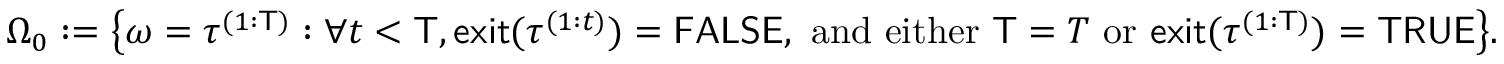
\begin{array} { r } { \Omega _ { 0 } \mathrel { \mathop : } = { \left\{ \omega = \tau ^ { ( 1 : \mathsf { T } ) } : \forall t < \mathsf { T } , \mathsf { e x i t } ( \tau ^ { ( 1 : t ) } ) = \mathsf { F A L S E } , \mathrm { ~ a n d ~ e i t h e r ~ } \mathsf { T } = T \mathrm { ~ o r ~ } \mathsf { e x i t } ( \tau ^ { ( 1 : \mathsf { T } ) } ) = \mathsf { T R U E } \right\} } . } \end{array}